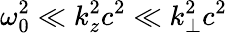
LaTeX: \omega_{0}^{2}\ll k_{z}^{2}c^{2}\ll k_{\perp}^{2}c^{2}